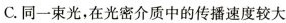
C.同一束光，在光密介质中的传播速度较大